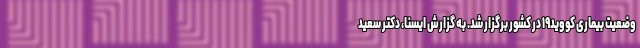
وضعیت بیماری کووید۱۹ در کشور برگزار شد. به گزارش ایسنا، دکتر سعید